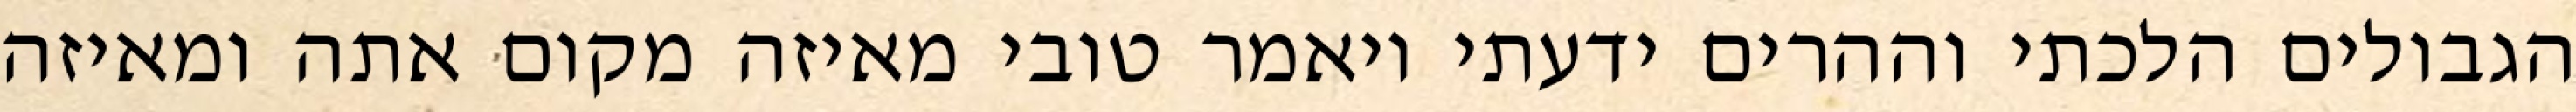
הגבולים הלכתי וההרים ידעתי ויאמר טובי מאיזה מקום אתה ומאיזה